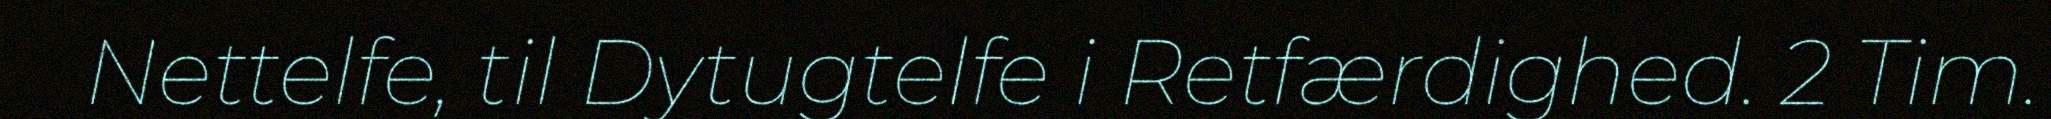
Nettelfe, til Dytugtelfe i Retfærdighed. 2 Tim.